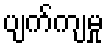
ပျက်ကျမှု